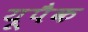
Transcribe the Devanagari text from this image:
यूपैक